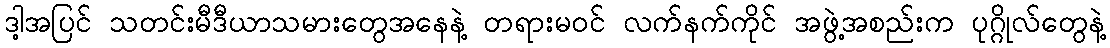
ဒါ့အပြင် သတင်းမီဒီယာသမားတွေအနေနဲ့ တရားမဝင် လက်နက်ကိုင် အဖွဲ့အစည်းက ပုဂ္ဂိုလ်တွေနဲ့